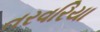
તરવરિયા